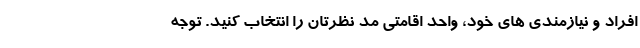
افراد و نیازمندی های خود، واحد اقامتی مد نظرتان را انتخاب کنید. توجه